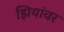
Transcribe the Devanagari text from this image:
झियांवर